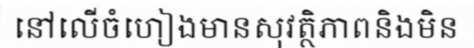
នៅលើចំហៀងមានសុវត្ថិភាពនិងមិន